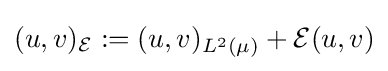
(u,v)_{\mathcal {E}}:=(u,v)_{L^{2}(\mu )}+{\mathcal {E}}(u,v)